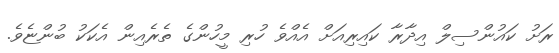
ރަށު ކައުންސިލް އިދާރާ ކައިރިއަށް އެއްވެ ހުރި މީހުންގެ ތެރެއިން އެކަކު ބުންޏެވެ.